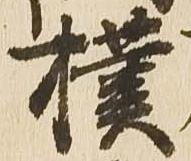
撲